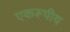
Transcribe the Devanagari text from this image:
एकरूपीय